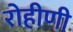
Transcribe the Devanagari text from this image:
रोहीणी